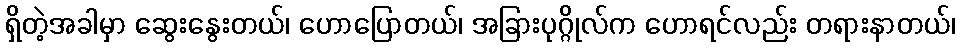
ရှိတဲ့အခါမှာ ဆွေးနွေးတယ်၊ ဟောပြောတယ်၊ အခြားပုဂ္ဂိုလ်က ဟောရင်လည်း တရားနာတယ်၊